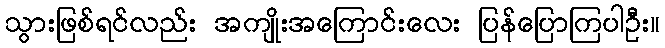
သွားဖြစ်ရင်လည်း အကျိုးအကြောင်းလေး ပြန်ပြောကြပါဦး။